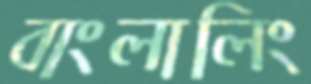
বাংলালিং